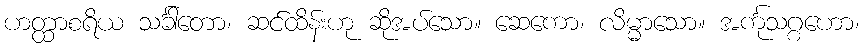
ဟတ္ထာစရိယ သင်္ခါတော၊ ဆင်ထိန်းဟု ဆိုအပ်သော။ ဆေကော၊ လိမ္မာသော။ အင်္ကုသဂ္ဂဟော၊